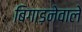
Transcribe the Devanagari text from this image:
बिगाड़नेवाले